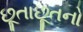
છૂતાછૂતનો